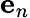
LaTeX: \mathbf{e}_{n}